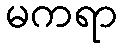
မကရာ